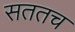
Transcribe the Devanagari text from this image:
सततच